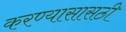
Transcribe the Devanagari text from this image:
करण्यासासठी